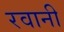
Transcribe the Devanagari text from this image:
रवानी